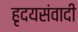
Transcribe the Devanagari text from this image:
हृदयसंवादी